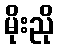
မိုးညို